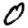
Digit: 0